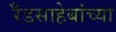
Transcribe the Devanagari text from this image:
रँडसाहेबांच्या